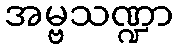
အမ္ဗသဏ္ဍာ